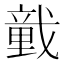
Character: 𢨒